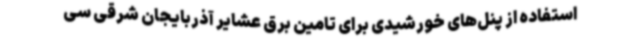
استفاده از پنل‌های خورشیدی برای تامین برق عشایر آذربایجان شرقی سی